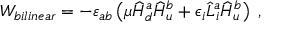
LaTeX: W _ { b i l i n e a r } = - \varepsilon _ { a b } \left( \mu \widehat H _ { d } ^ { a } \widehat H _ { u } ^ { b } + \epsilon _ { i } \widehat L _ { i } ^ { a } \widehat H _ { u } ^ { b } \right) \; ,